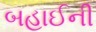
બહાઈની